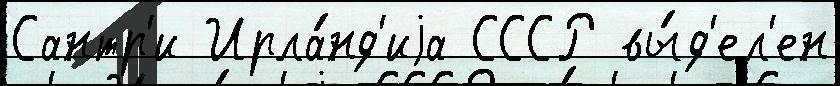
Сантр'и Ирла́нд'иjа СССР вы́д'ел'ен